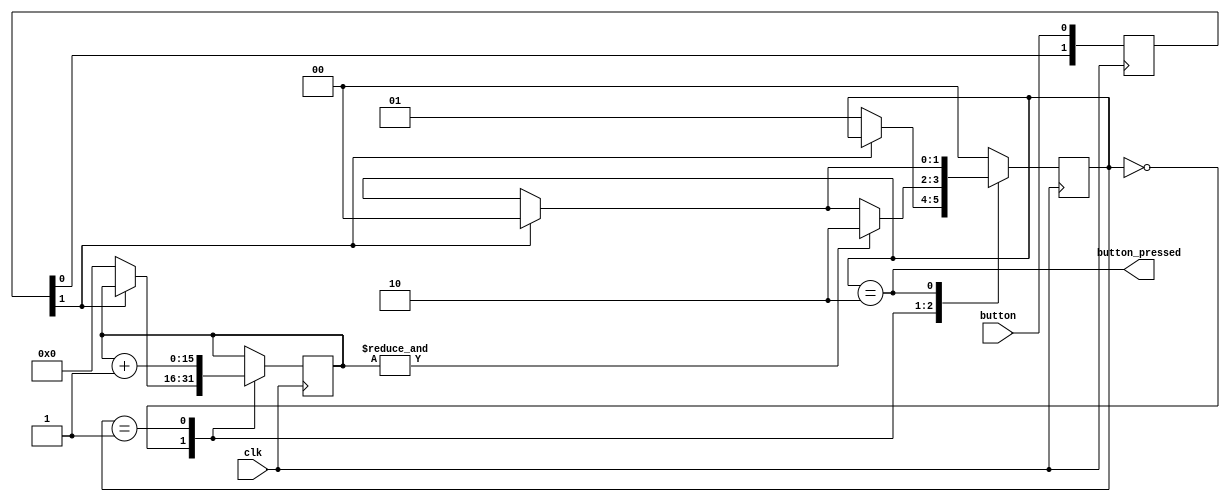
/*
 *  debouncer.v
 *
 *  copyright (c) 2021  hirosh dabui <hirosh@dabui.de>
 *
 *  permission to use, copy, modify, and/or distribute this software for any
 *  purpose with or without fee is hereby granted, provided that the above
 *  copyright notice and this permission notice appear in all copies.
 *
 *  the software is provided "as is" and the author disclaims all warranties
 *  with regard to this software including all implied warranties of
 *  merchantability and fitness. in no event shall the author be liable for
 *  any special, direct, indirect, or consequential damages or any damages
 *  whatsoever resulting from loss of use, data or profits, whether in an
 *  action of contract, negligence or other tortious action, arising out of
 *  or in connection with the use or performance of this software.
 *
 */
`default_nettype none
module debouncer(
           input  clk,
           input  button,
           output button_pressed
       );

reg [1:0] button_sync = 0;

always @(posedge clk) begin
    button_sync <= {button_sync[0], button};
end

wire button_s = button_sync[1];

reg [1:0] state = 0;
reg [15:0] debounce_cnt;

assign button_pressed = state == 2;
always @(posedge clk) begin
    case (state)
        0: begin
            if (~button_s) begin
                debounce_cnt <= 0;
                state <= 1;
            end
        end

        1: begin
            debounce_cnt <= debounce_cnt + 1;
            if (button_s) begin
                state <= 0;
            end
            if (&debounce_cnt) begin
                state <= 2;
            end
        end

        2: begin
            if (button_s) state <= 0;
        end

        default:
            state <= 0;
    endcase
end

endmodule